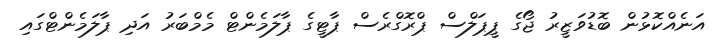
އަނެއްކޮޅުން ބޮޑުވަޒީރު ޖޯގެ ޕީޕަލްސް ޕްރޮގްރެސް ޕާޓީގެ ޕާލަމެންޓް މެމްބަރު އަދި ޕާލަމެންޓްގައި